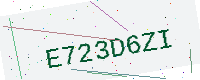
Text: E723D6ZI